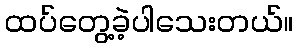
ထပ်တွေ့ခဲ့ပါသေးတယ်။